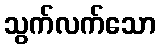
သွက်လက်သော